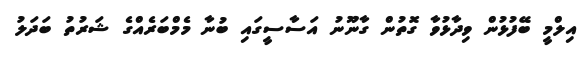
އިލްމީ ބޭފުޅުން ވިދާޅުވާ ގޮތުން ގާނޫނު އަސާސީގައި ބުނާ މެމްބަރެއްގެ ޝަރުތު ބަދަލު